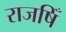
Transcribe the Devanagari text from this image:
राजषिँ